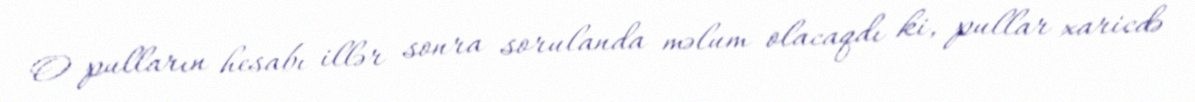
O pulların hesabı illər sonra sorulanda məlum olacaqdı ki, pullar xaricdə